Vaccination United Provinces of Agra and Oudh 1902-1913 - 1902-1913
Year: 1902
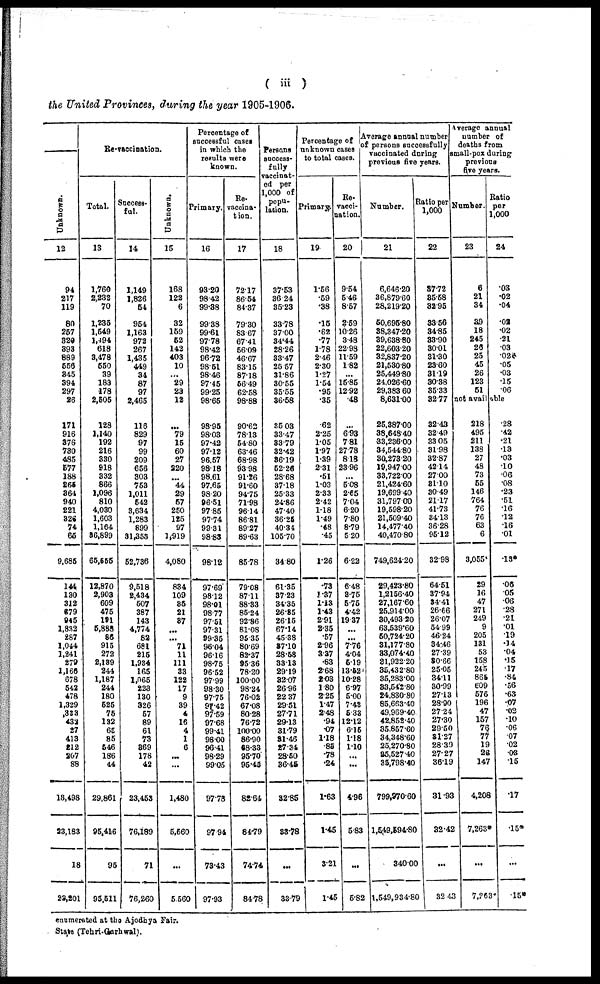
( iii )
the United Provinces, during the year 1905-1906.
Unknown.
12
94
217
119
80
257
320
393
889
556
345
394
297
26
171
916
376
730
485
577
188
265
364
940
221
326
74
65
9,685
144
130
312
679
945
1,832
287
1,044
1,241
279
1,166
678
542
478
1,329
333
433
27
413
212
207
88
13,498
23,183
18
23,201
Re-vaccination.
Total.
13
1,769
2,232
70
1,236
1,549
1,494
618
3,478
550
39
183
178
2,505
128
1,140
192
216
330
918
332
866
1,096
810
4,030
1,603
1,104
86,899
65,555
12,870
2,903
609
475
191
5,888
86
915
272
2,189
244
1,187
244
180
525
75
132
65
85
546
186
44
29,861
95,416
95
95,511
Success-
ful.
14
1,149
1,826
54
964
1,163
972
267
1,435
449
34
87
97
2,465
116
829
97
99
209
656
303
753
1,011
542
3,634
1,283
899
31,358
52,736
9,518
2,434
507
387
143
4,774
82
681
215
1,934
165
1,065
223
130
326
57
89
61
73
869
178
42
23,463
76,189
71
76,260
Unknown.
15
168
122
6
32
159
52
142
403
10
...
29
23
12
...
79
15
60
27
220
...
44
29
57
250
125
97
1,919
4,080
834
109
36
21
37
...
...
71
11
111
33
122
17
9
39
4
16
4
1
6
...
...
1,480
5,560
...
5.560
Percentage of
successful cases
in which the
results were
known.
Primary.
16
93.20
98.42
99.88
99.38
99.61
97.78
98.42
96.72
98.51
98.46
97.45
99.25
98.65
98.95
98.03
97.42
97.12
96.57
98.18
98.61
97.65
98.20
96.51
97.85
97.74
99.31
98.83
98.12
97.69
98.12
98.01
98.77
97.51
97.31
99.35
96.04
96.16
98.75
96.52
97.99
98.30
97.75
97.42
97.59
97.68
99.41
98.00
96.41
98.29
99.05
97.78
97.94
73.43
97.93
Re.
vaccina-
tion.
17
72.17
86.54
84.37
79.30
83.67
67.41
56.09
46.67
83.15
87.18
56.49
62.58
98.88
90.62
78.13
54.80
63.46
68.98
93.98
91.26
91.60
94.75
71.98
96.14
86.81
89.27
89.63
85.78
79.08
87.11
88.33
85.24
92.86
81.08
95.35
80.69
82.37
95.36
78.20
100.00
98.24
76.02
67.08
80.28
76.72
100.00
86.90
68.33
95.70
95.45
82.64
84.79
74.74
84.78
Persons
success-
fully
vaccinat-
ed per
1,000 of
popu-
lation.
18
37.53
36.24
35.23
33.78
37.00
34.44
28.26
33.47
25.57
31.86
30.55
35.55
36.58
35.03
33.47
33.79
32.42
36.19
52.26
28.68
37.18
25.33
24.86
47.40
36.25
40.34
105.70
34.80
61.35
37.23
34.35
26.85
26.15
67.14
45.38
87.10
28.58
33.13
29.19
32.07
26.96
22.37
29.51
27.71
29.13
31.79
31.46
27.34
28.50
36.45
32.85
33.78
...
33.79
Percentage of
unknown cases
to total cases.
Primary.
19
1.56
.59
.38
.15
.62
.77
1.78
2.46
2.30
1.27
1.54
.95
.35
.62
2.25
1.05
1.97
1.39
2.31
.51
1.03
2.33
2.42
1.18
1.49
.48
.45
1.26
.73
1.37
1.13
1.43
2.91
2.35
.57
2.96
3.37
.83
2.68
2.03
1.80
2.25
1.47
2.48
.94
.07
1.18
.88
.78
.24
1.63
1.45
3.21
1.45
Re-
vacci-
nation.
20
9.54
5 46
8.57
2.59
10.26
3.48
22.98
11.59
1.82
...
15.85
12.92
.48
...
6.93
7.81
27.78
8.18
23.96
...
5.08
2.65
7.04
6.20
7.80
8.79
5.20
6.22
6.48
3.75
5.75
4.42
19.37
...
...
7.76
4.04
5.19
13.52
10.28
6.97
5.00
7.43
5.33
12.12
6.15
1.18
1.10
...
..
4.96
5.83
...
5.82
Average annual number
of persons successfully
vaccinated during
previous five years.
Number.
21
6,646.20
36,879.60
28,219.20
50,695.80
38,347.20
39,638.80
22,603.20
32,837.20
21,530.80
25,449.80
24,026.60
29,383 60
8,631.00
25,387.00
38,648.40
83,236.00
84,544.80
30,273.20
19,94700
33,72200
21,424.60
19,699.40
31,797.00
19,598.20
21,509.40
14,477.40
40,470.80
749,624.20
29,423.80
1,2156.40
27,167.60
25,914.00
30,493.20
63,539.60
60,724.20
31,177.80
83,074.40
31,922.20
35,432.80
35,283.00
83,542.80
24,830.80
85,663.40
49,969.40
42,852.40
35,857.60
34,348.60
25,270.80
85,527.40
35,798.40
799,970.60
l,549,594.80
340.00
1,549,934.80
Ratio per
1,000
22
37.72
35.58
32.95
33.56
34.85
33.90
30.01
31.30
23.60
31.19
30.38
35.33
32.77
32.43
32.49
33.05
31.98
32.87
42.14
27.00
31.10
30.49
21.17
41.73
34.13
36.28
95.12
32.98
64.51
37.94
34.41
26.66
26.07
54 99
46.24
34.46
27.39
80.66
25.05
34.11
30.99
27.13
28.90
27.24
27.30
29.50
31.27
28.39
27.27
36.19
31.93
32.42
...
32.43
Average annual
number of
deaths from
small-pox during
previous
five years.
Number.
23
6
21
34
39
18
245
25
25
45
26
123
51
Ratio
per
1,000
24
.03
.02
.04
.03
.02
.21
.03
.02*
.05
.03
.15
.06
not available
218
495
211
138
27
48
73
55
146
764
76
76
63
6
3,055*
29
16
47
271
249
9
205
131
53
158
245
865
609
576
196
47
157
76
77
19
26
147
4,208
7,263*
...
7,263*
.28
.42
.21
.13
.03
.10
.06
.08
.23
.51
.16
.12
.16
01
.13*
.06
05
.06
.28
.21
.01
.19
.14
.04
.15
.17
.84
.56
.63
.07
.02
.10
.06
.07
.2
.3
.15
.17
.15*
...
.15*
enumerated at the Ajodhya Fair.
State (Tehri-Garhwal).